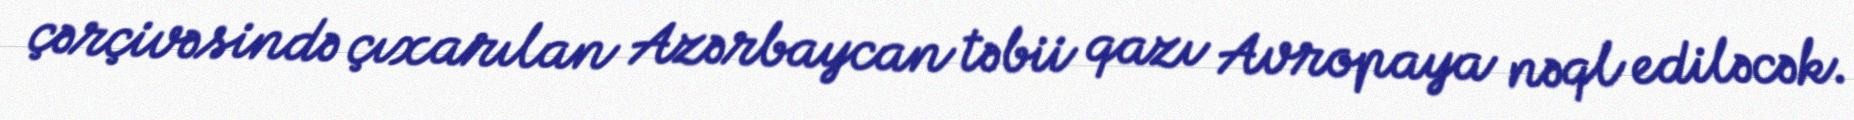
çərçivəsində çıxarılan Azərbaycan təbii qazı Avropaya nəql ediləcək.